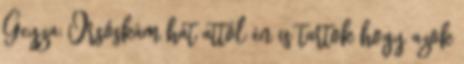
Geyza: Orsóskám hát attól én is tartok hogy azok